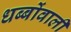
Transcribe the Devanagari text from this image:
धब्बोंवाली